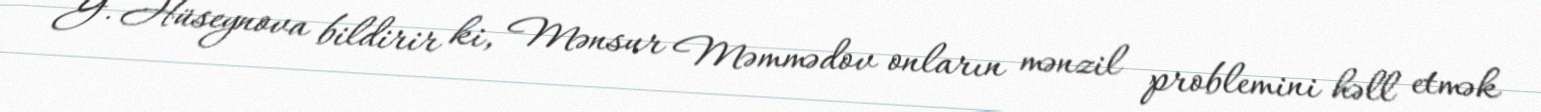
G. Hüseynova bildirir ki, Mənsur Məmmədov onların mənzil problemini həll etmək